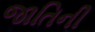
જાતિની